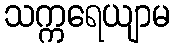
သက္ကရေယျာမ